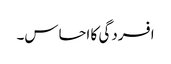
افسردگی کا احساس۔